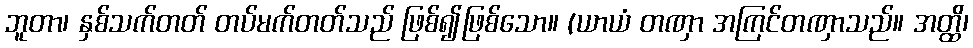
ဘူတာ၊ နှစ်သက်တတ် တပ်မက်တတ်သည် ဖြစ်၍ဖြစ်သော။ (ယာယံ တဏှာ အကြင်တဏှာသည်။ အတ္ထိ၊